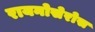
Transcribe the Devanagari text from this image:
रायनोसेरोस